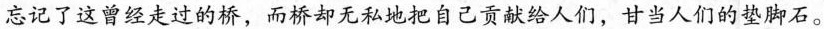
忘记了这曾经走过的桥，而桥却无私地把自己贡献给人们，甘当人们的垫脚石。